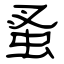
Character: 蚤